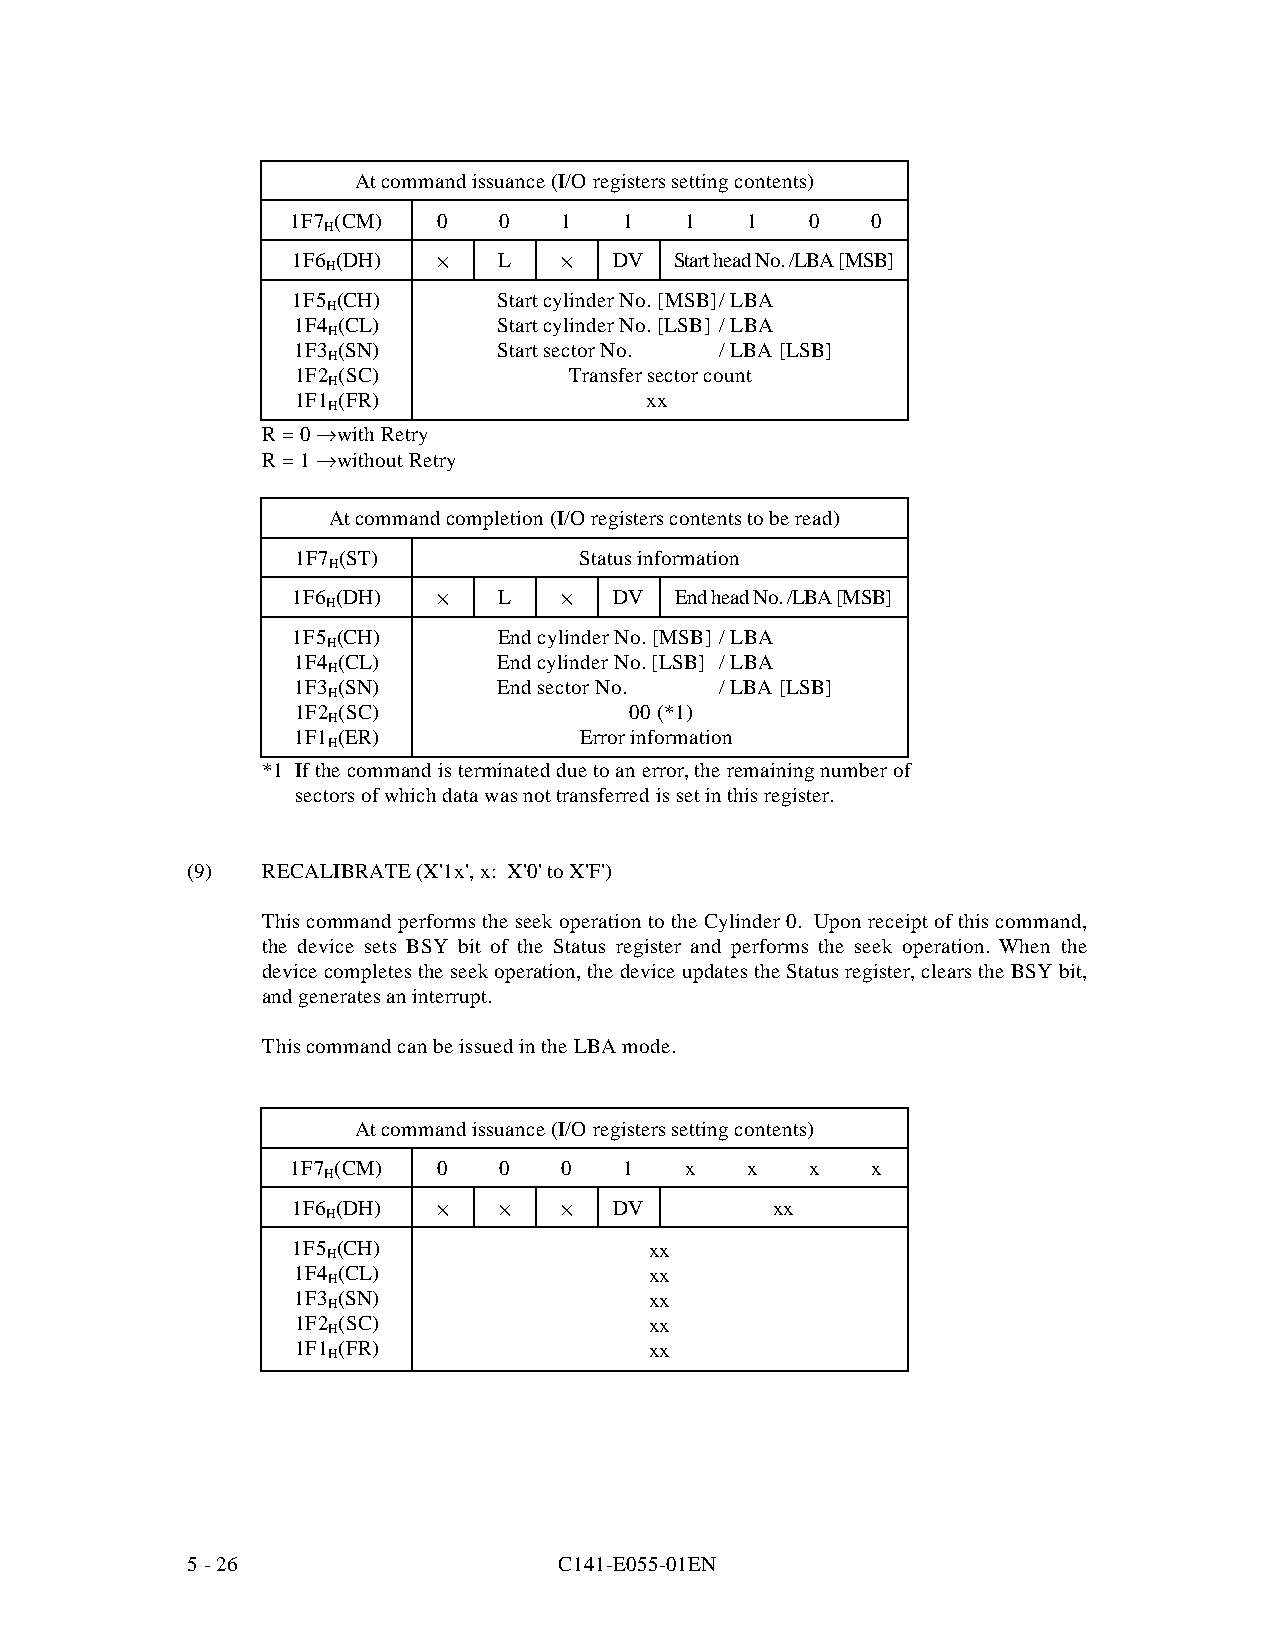
At command issuance (I/O registers setting contents)
 1F7 (CM)  0   0   1   1   1   1    0   0
 H
 1F6 (DH)  ·   L   ·   DV  Start head No. /LBA [MSB]
 H
 1F5 (CH)      Start cylinder No. [MSB] / LBA
 H
 1F4 (CL)      Start cylinder No. [LSB] / LBA
 H
 1F3 (SN)      Start sector No. / LBA [LSB]
 H
 1F2 (SC)           Transfer sector count
 H
 1F1 (FR)               xx
 H
 R = 0 fi with Retry
 R = 1 fi without Retry
 At command completion (I/O registers contents to be read)
 1F7 (ST)          Status information
 H
 1F6 (DH)  ·   L   ·   DV  End head No. /LBA [MSB]
 H
 1F5 (CH)      End cylinder No. [MSB] / LBA
 H
 1F4 (CL)      End cylinder No. [LSB] / LBA
 H
 1F3 (SN)      End sector No. / LBA [LSB]
 H
 1F2 (SC)              00 (*1)
 H
 1F1 (ER)           Error information
 H
 *1 If the command is terminated due to an error, the remaining number of
 sectors of which data was not transferred is set in this register.
 (9)  RECALIBRATE (X'1x', x: X'0' to X'F')
 This command performs the seek oper ation to the Cylinder 0. Upon receipt of this command,
 the device sets BSY bit of the Status register and performs the seek operation. When the
 device completes the seek operation, the device updates the Status register, clears the BSY bit,
 and generates an interrupt.
 This command can be issued in the LBA mode.
 At command issuance (I/O registers setting contents)
 1F7 (CM)  0   0   0   1   x   x    x   x
 H
 1F6 (DH)  ·   ·   ·   DV        xx
 H
 1F5 (CH)                xx
 H
 1F4 (CL)                xx
 H
 1F3 (SN)                xx
 H
 1F2 (SC)                xx
 H
 1F1 (FR)                xx
 H
 5 - 26                   C141-E055-01EN